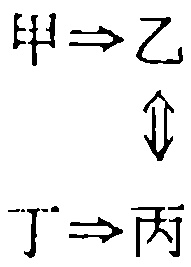
甲$\Rightarrow$乙
$\Updownarrow$
丁$\Rightarrow$丙